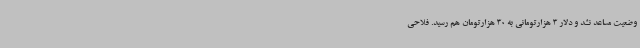
وضعیت مساعد نشد و دلار 3 هزارتومانی به 30 هزارتومان هم رسید. فلاحی